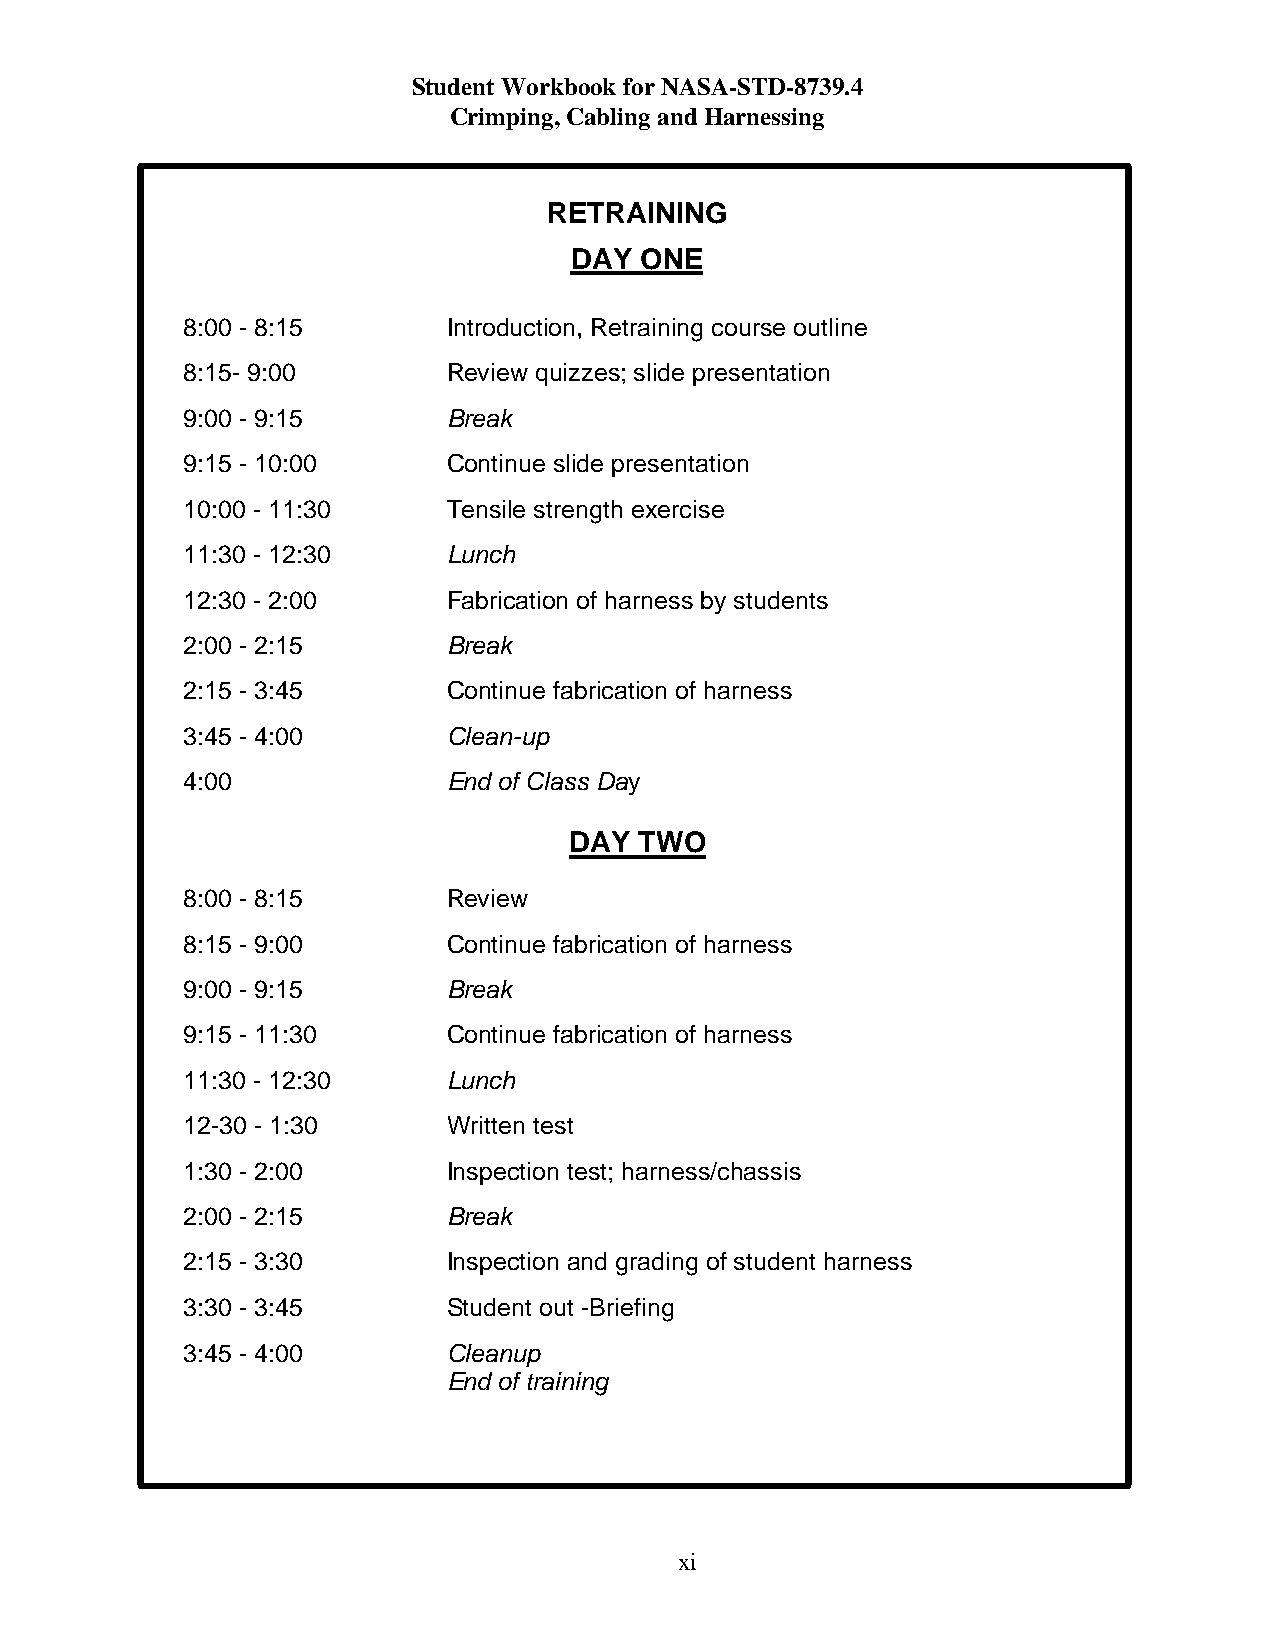
Student Workbook for NASA-STD-8739.4
 Crimping, Cabling and Harnessing
 RETRAINING
 DAY ONE
 8:00 - 8:15       Introduction, Retraining course outline
 8:15- 9:00        Review quizzes; slide presentation
 9:00 - 9:15       Break
 9:15 - 10:00      Continue slide presentation
 10:00 - 11:30     Tensile strength exercise
 11:30 - 12:30     Lunch
 12:30 - 2:00      Fabrication of harness by students
 2:00 - 2:15       Break
 2:15 - 3:45       Continue fabrication of harness
 3:45 - 4:00       Clean-up
 4:00              End of Class Day
 DAY TWO
 8:00 - 8:15       Review
 8:15 - 9:00       Continue fabrication of harness
 9:00 - 9:15       Break
 9:15 - 11:30      Continue fabrication of harness
 11:30 - 12:30     Lunch
 12-30 - 1:30      Written test
 1:30 - 2:00       Inspection test; harness/chassis
 2:00 - 2:15       Break
 2:15 - 3:30       Inspection and grading of student harness
 3:30 - 3:45       Student out -Briefing
 3:45 - 4:00       Cleanup
 End of training
 xi